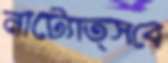
নাট্যোত্সবে